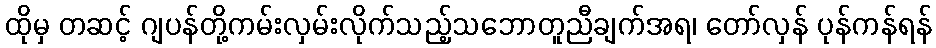
ထိုမှ တဆင့် ဂျပန်တို့ကမ်းလှမ်းလိုက်သည့်သဘောတူညီချက်အရ၊ တော်လှန် ပုန်ကန်ရန်